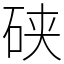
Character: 硖